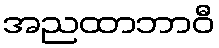
အညထာဘာဝီ